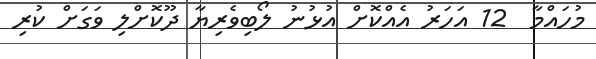
މުހައްމާ  12 އަހަރު އެއްކޮށް އުޅުނު ލޯބިވެރިޔާ ދޫކޮށްލި ވަގަށް ކުރި